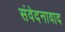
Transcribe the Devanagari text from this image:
संवेदनावाद